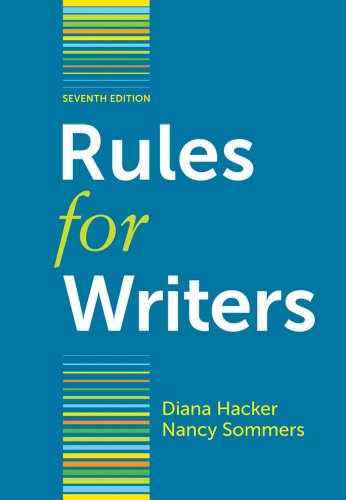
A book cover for Rules for Writers; Diana Hacker; Reference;